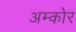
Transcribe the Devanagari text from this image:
अम्कोर